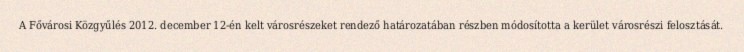
A Fővárosi Közgyűlés 2012. december 12-én kelt városrészeket rendező határozatában részben módosította a kerület városrészi felosztását.